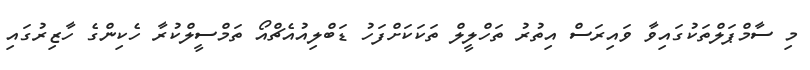
މި ސާމްޕަލްތަކުގައިވާ ވައިރަސް އިތުރު ތަހްލީލް ތަކަކަށްފަހު ޑަބްލިއުއެޗްއޯ ތަމްސީލްކުރާ ހެކިންގެ ހާޒިރުގައި